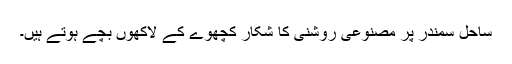
ساحل سمندر پر مصنوعی روشنی کا شکار کچھوے کے لاکھوں بچے ہوتے ہیں۔